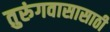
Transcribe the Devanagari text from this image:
तुरुंगवासासाठी